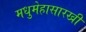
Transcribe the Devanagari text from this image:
मधुमेहासारखी